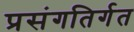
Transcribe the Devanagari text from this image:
प्रसंगतिर्गत